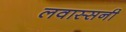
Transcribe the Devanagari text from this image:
लवास्सनी